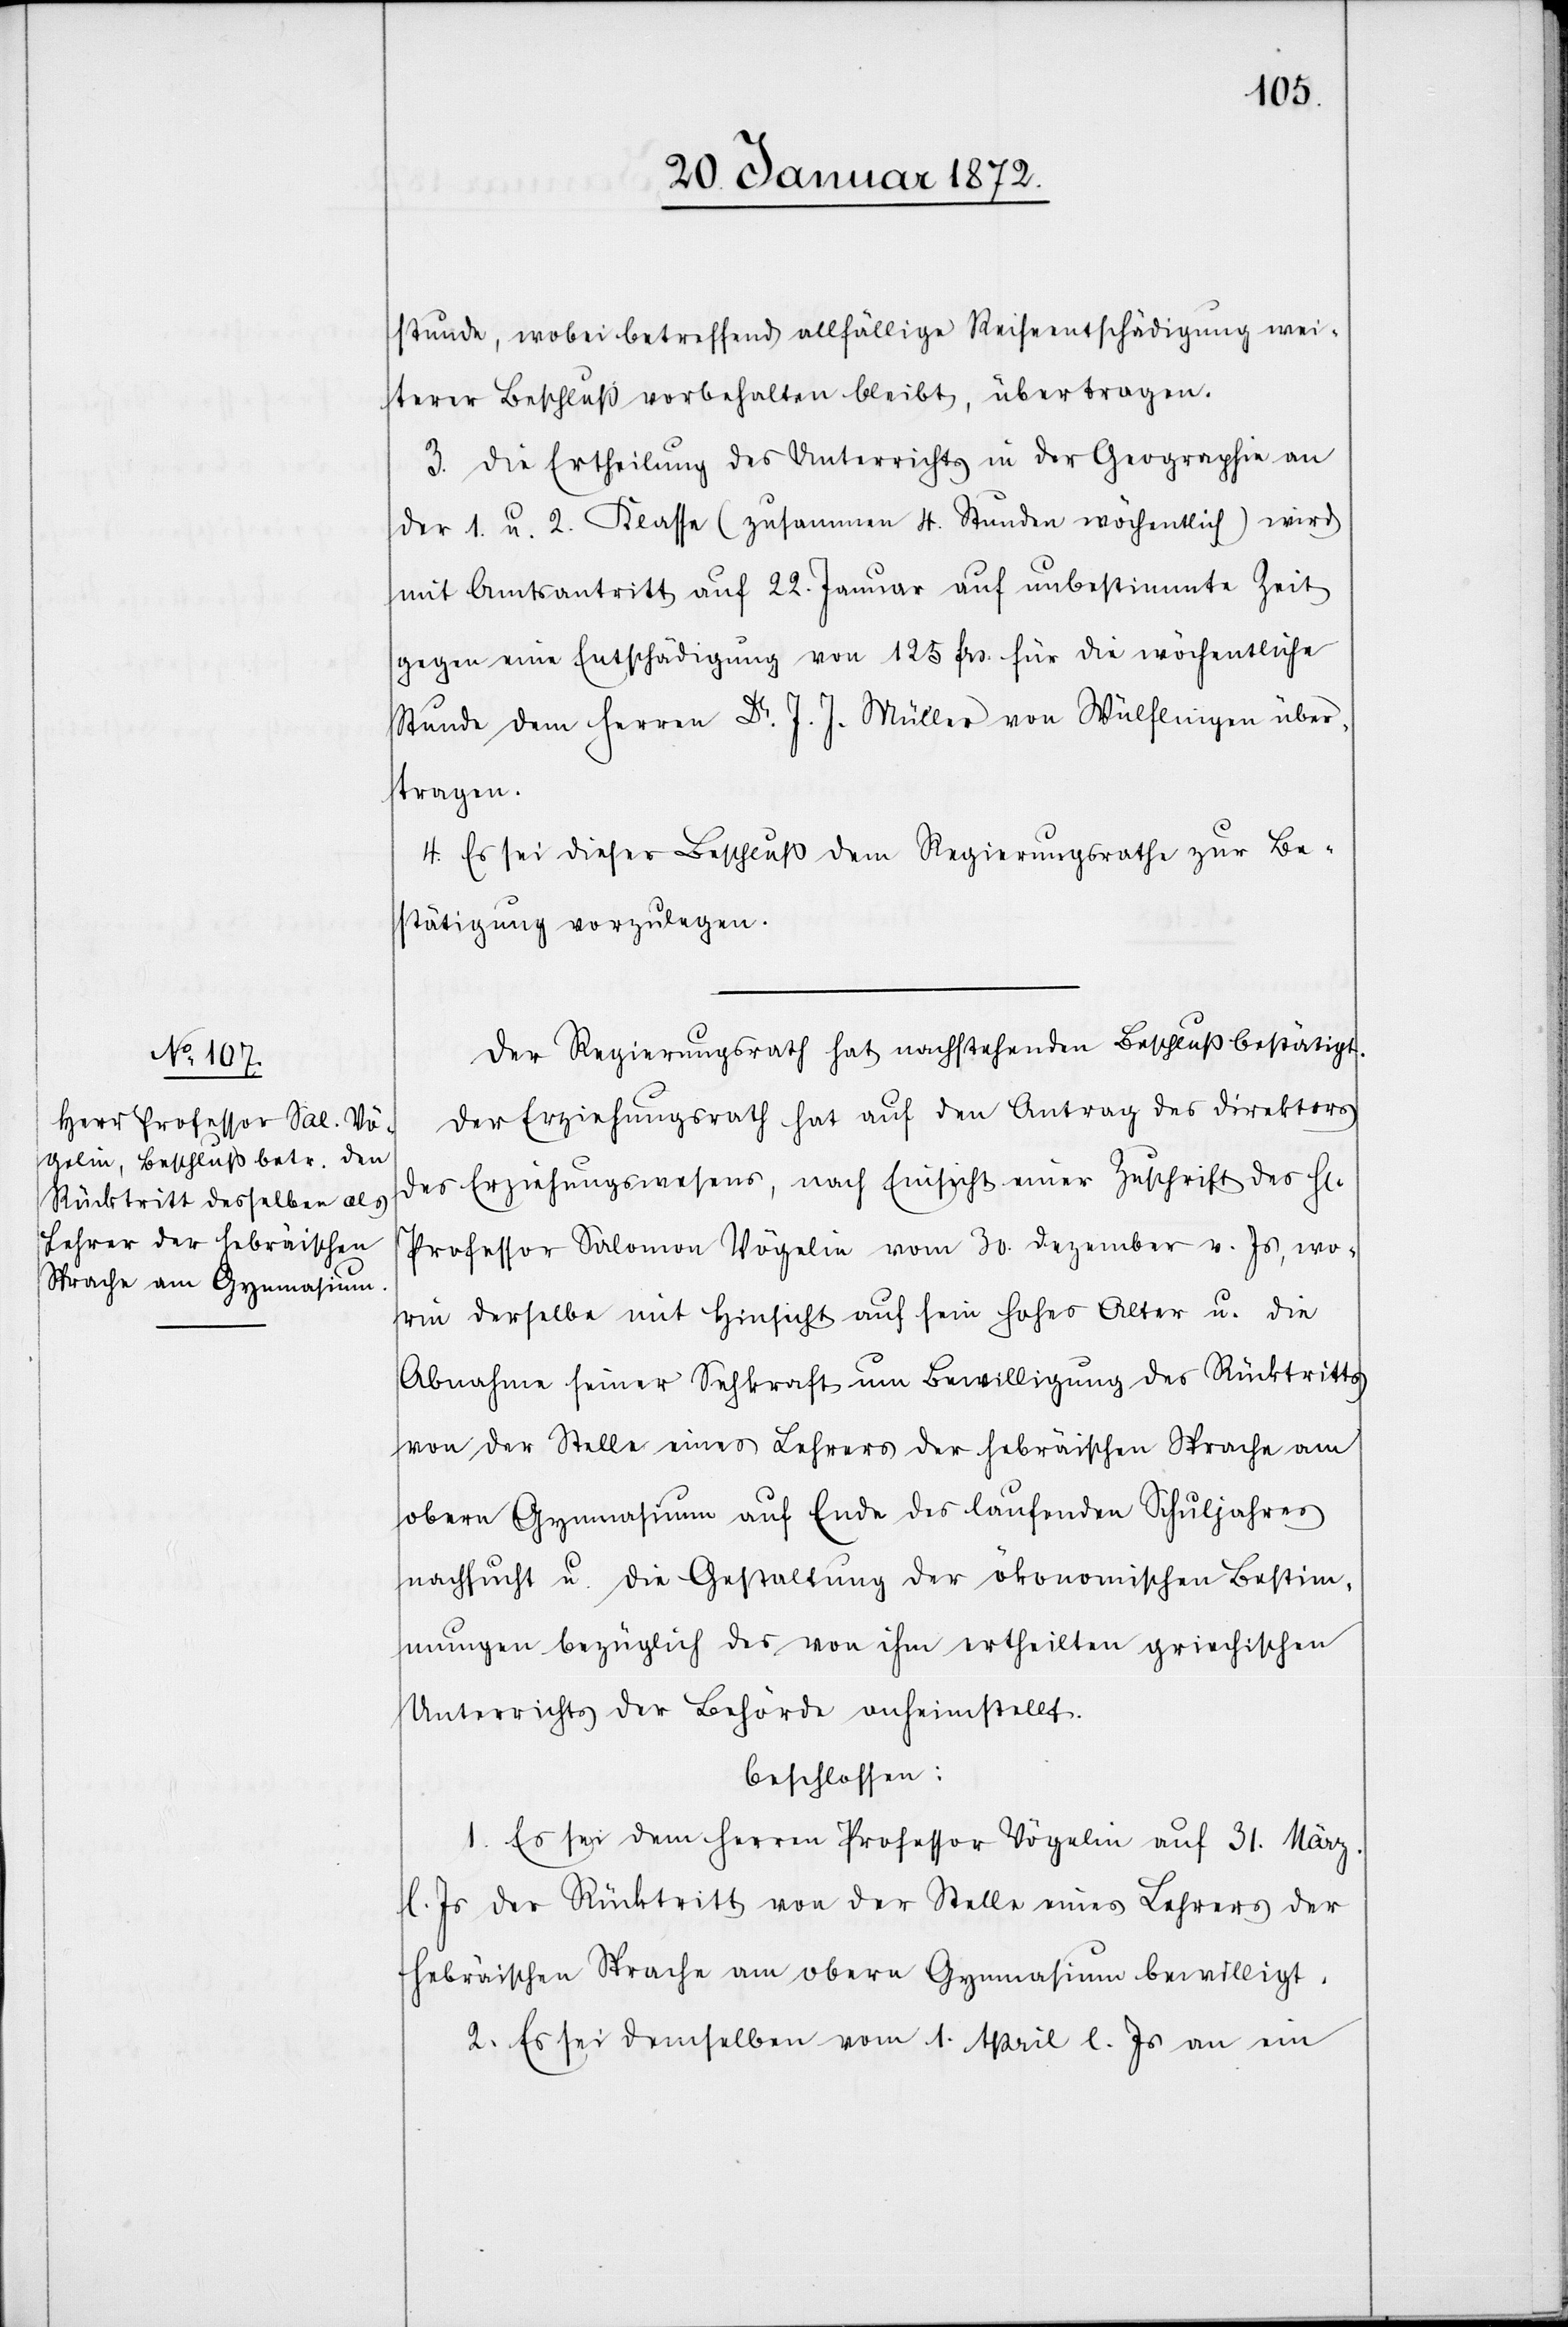
stunde, wobei betreffend allfällige Reiseentschädigung wei¬
terer Beschluß vorbehalten bleibt, übertragen.
3. Die Ertheilung des Unterrichts in der Geographie an
der 1. u 2. Klasse (zusammen 4. Stunden wöchentlich) wird
mit Amtsantritt auf 22. Januar auf unbestimmte Zeit
gegen eine Entschädigung von 125 frs. für die wöchentliche
Stunde dem Herren Dr. J. J. Müller von Wülflingen über¬
tragen.
4. Es sei dieser Beschluß dem Regierungsrathe zur Be¬
stätigung vorzulegen.
Der Regierungsrath hat nachstehenden Beschluß bestätigt.
Der Erziehungsrath hat auf den Antrag des Direktors
des Erziehungswesens, nach Einsicht einer Zuschrift des Hr.
Professor Salomon Vögelin vom 30. Dezember v. Js, wo¬
rin derselbe mit Hinsicht auf sein hohes Alter u. die
Abnahme seiner Sehkraft um Bewilligung des Rücktritts
von der Stelle eines Lehrers der hebräischen Sprache am
obern Gymnasium auf Ende des laufenden Schuljahres
nachsucht u. die Gestaltung der ökonomischen Bestim¬
mungen bezüglich des von ihm ertheilten griechischen
Unterrichts der Behörde anheimstellt.
beschlossen:
1. Es sei dem Herren Professor Vögelin auf 13. März.
l. Js der Rücktritt von der Stelle eines Lehrers der
hebräischen Sprache am obern Gymnasium bewilligt.
2. Es sei demselben vom 1. April l. Js an ein